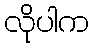
လိုပါက